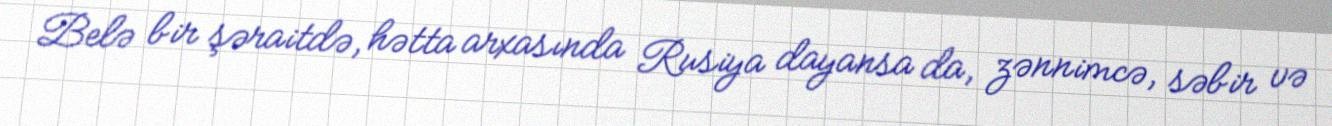
Belə bir şəraitdə, hətta arxasında Rusiya dayansa da, zənnimcə, səbir və